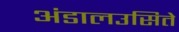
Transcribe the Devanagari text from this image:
अंडालउसिते